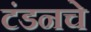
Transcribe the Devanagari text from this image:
टंडनचे